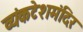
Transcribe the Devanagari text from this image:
व्यंकटेशमंदिर